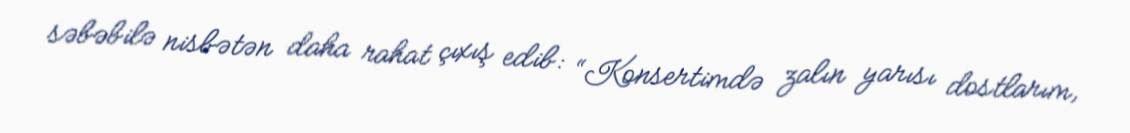
səbəbilə nisbətən daha rahat çıxış edib: “Konsertimdə zalın yarısı dostlarım,